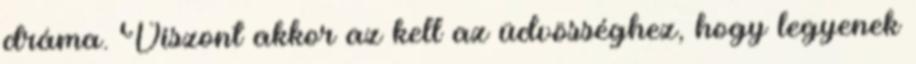
dráma. Viszont akkor az kell az üdvösséghez, hogy legyenek